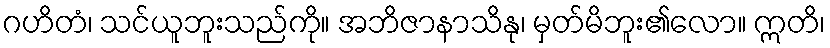
ဂဟိတံ၊ သင်ယူဘူးသည်ကို။ အဘိဇာနာသိနု၊ မှတ်မိဘူး၏လော။ ဣတိ၊